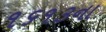
૧૬૧૩ના